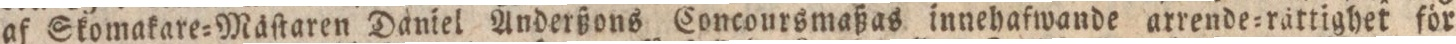
af Skomakare=Mäſtaren Daniel Anderßons Concoursmaßas innehafwande arrende=rättighet för